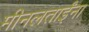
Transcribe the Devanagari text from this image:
मीनलताईंना